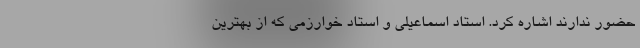
حضور ندارند اشاره کرد. استاد اسماعیلی و استاد خوارزمی که از بهترین